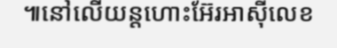
៕នៅលើយន្តហោះអ៊ែរអាស៊ីលេខ